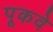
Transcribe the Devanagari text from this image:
पूकवे